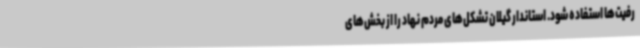
رفیت‌ها استفاده شود. استاندار گیلان تشکل‌های مردم نهاد را از بخش‌های